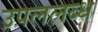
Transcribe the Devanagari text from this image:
उपललब्ध